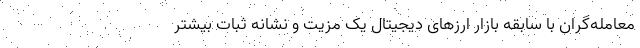
معامله‌گران با سابقه بازار ارزهای دیجیتال یک مزیت و نشانه ثبات بیشتر